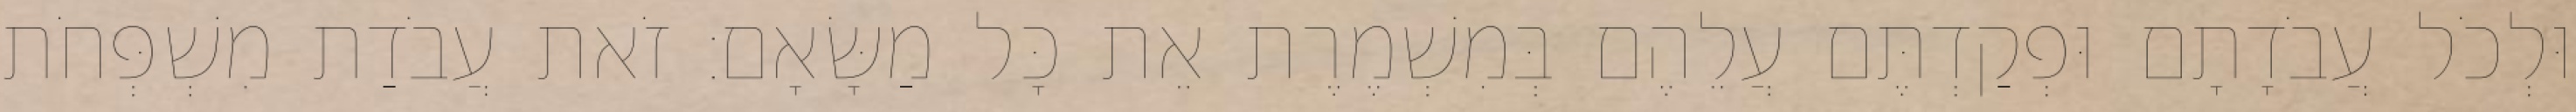
וּלְכֹל עֲבֹדָתָם וּפְקַדְתֶּם עֲלֵהֶם בְּמִשְׁמֶרֶת אֵת כָּל מַשָּׂאָם׃ זֹאת עֲבֹדַת מִשְׁפְּחֹת